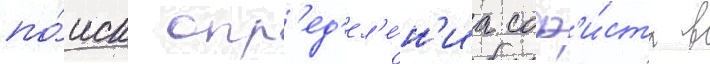
по́иск опр'ед'ел'е́н'иа соф'и́ста в